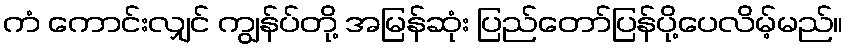
ကံ ကောင်းလျှင် ကျွန်ပ်တို့ အမြန်ဆုံး ပြည်တော်ပြန်ပို့ပေလိမ့်မည်။